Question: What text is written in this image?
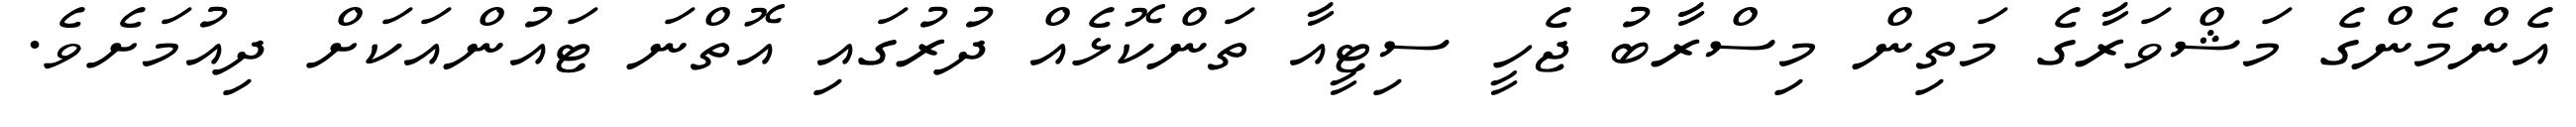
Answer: އެންމެންގެ މަޝްވަރާގެ މަތިން މިސްރާބު ޖެހީ ސިޓީއާ ތަންކޮޅެއް ދުރުގައި އޮތްނަ ޓައުންއަކަށް ދިއުމަށެވެ.